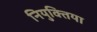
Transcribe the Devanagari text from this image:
नियुक्तिया